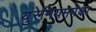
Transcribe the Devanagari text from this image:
युरेनियमपेक्षा